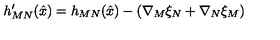
h _ { M N } ^ { \prime } ( \hat { x } ) = h _ { M N } ( \hat { x } ) - \left( \nabla _ { M } \xi _ { N } + \nabla _ { N } \xi _ { M } \right)